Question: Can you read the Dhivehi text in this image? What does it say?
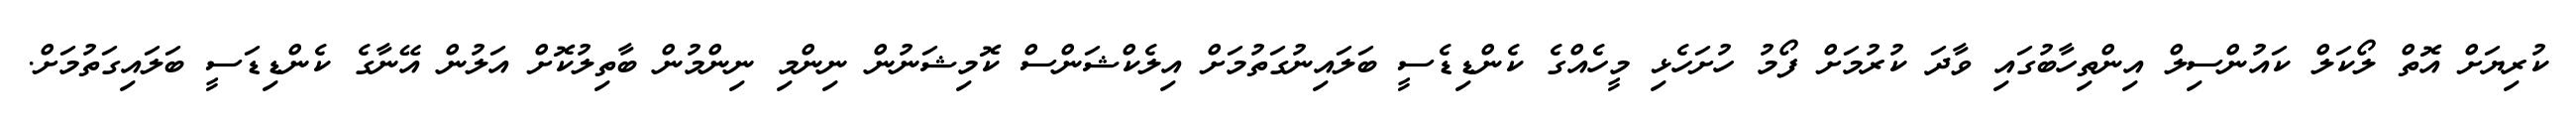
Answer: ކުރިޔަށް އޮތް ލޯކަލް ކައުންސިލް އިންތިހާބުގައި ވާދަ ކުރުމަށް ފޯމު ހުށަހެޅި މީހެއްގެ ކެންޑިޑެސީ ބަލައިނުގަތުމަށް އިލެކްޝަންސް ކޮމިޝަނުން ނިންމި ނިންމުން ބާތިލުކޮށް އަލުން އޭނާގެ ކެންޑިޑަސީ ބަލައިގަތުމަށް.